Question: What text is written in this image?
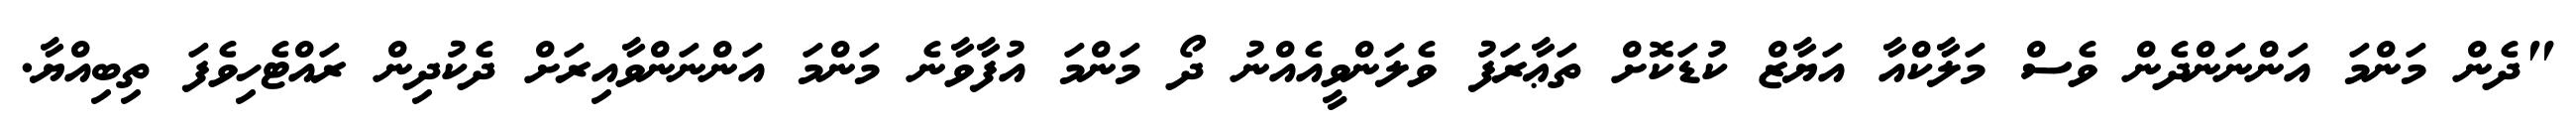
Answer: "ދެން މަންމަ އަންނަންދެން ވެސް މަލާކްއާ އަޔާޒް ކުޑަކޮށް ތަޢާރަފު ވެލަންވީއެއްނު ދޯ މަންމަ އުފާވާނެ މަންމަ އަންނަންވާއިރަށް ދެކުދިން ރައްޓެހިވެފަ ތިބިއްޔާ.